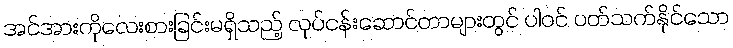
အင်အားကိုလေးစားခြင်းမရှိသည့် လုပ်ငန်းဆောင်တာများတွင် ပါဝင် ပတ်သက်နိုင်သော